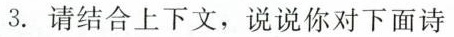
3.请结合上下文，说说你对下面诗